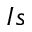
I s